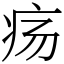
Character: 疡